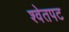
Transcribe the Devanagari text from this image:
श्वेतपट